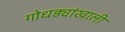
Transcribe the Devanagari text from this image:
गोधड्यांखाली